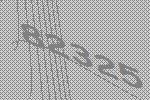
82325